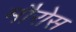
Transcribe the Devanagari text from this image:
मौरोस